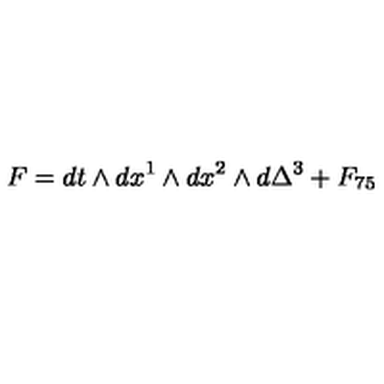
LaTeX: F = d t \wedge d x ^ { 1 } \wedge d x ^ { 2 } \wedge d \Delta ^ { 3 } + F _ { 7 5 }